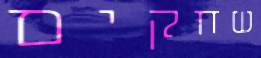
שחקים